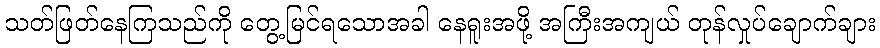
သတ်ဖြတ်နေကြသည်ကို တွေ့မြင်ရသောအခါ နေရူးအဖို့ အကြီးအကျယ် တုန်လှုပ်ချောက်ချား